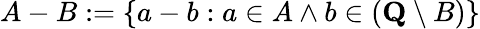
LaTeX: A-B:=\{ a-b:a\in A\land b\in({\textbf{Q}}\setminus B)\}